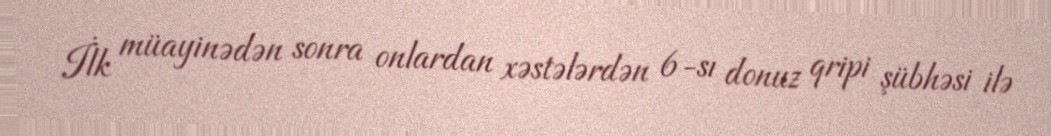
İlk müayinədən sonra onlardan xəstələrdən 6-sı donuz qripi şübhəsi ilə